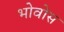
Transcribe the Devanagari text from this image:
भोवोस